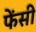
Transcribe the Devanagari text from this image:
फेंसी